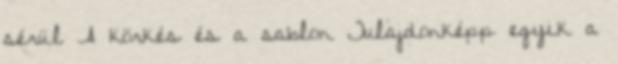
sérül A körkés és a sablon Tulajdonképp egyik a